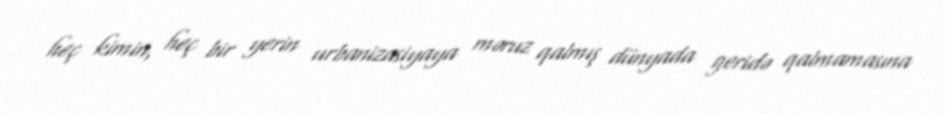
heç kimin, heç bir yerin urbanizasiyaya məruz qalmış dünyada geridə qalmamasına